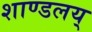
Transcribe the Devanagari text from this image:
शाण्डलय्